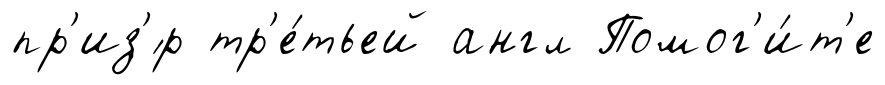
пр'из'́р тр'е́тьей англ Помог'и́т'е